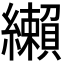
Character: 𦇛